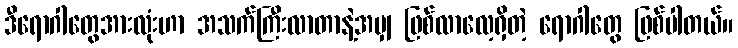
ဒီရောဂါတွေအားလုံးဟာ အသက်ကြီးလာတာနဲ့အမျှ ဖြစ်လာလေ့ရှိတဲ့ ရောဂါတွေ ဖြစ်ပါတယ်။